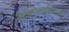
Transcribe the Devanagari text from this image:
विष्णुमाहात्म्य